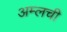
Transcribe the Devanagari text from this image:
अम्लची